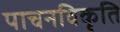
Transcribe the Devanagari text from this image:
पाचनविकृति